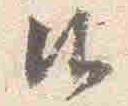
御